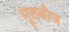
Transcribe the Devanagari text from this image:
मूलबीज